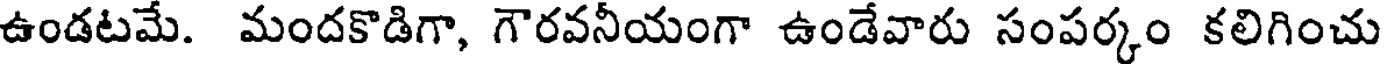
ఉండటమే. మందకొడిగా, గౌరవనీయంగా ఉండేవారు సంపర్కం కలిగించు